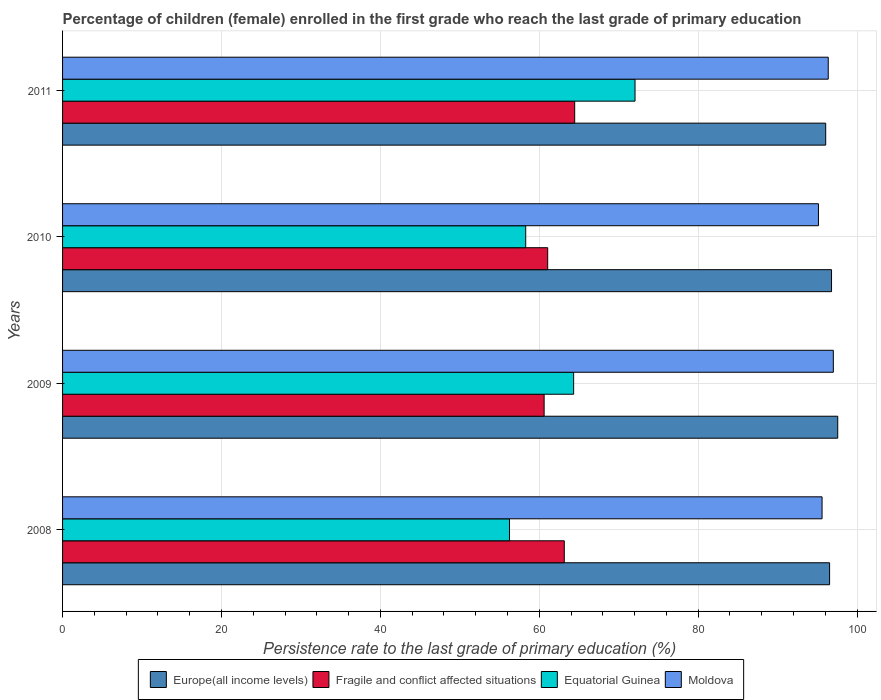
| Years | Europe(all income levels) | Fragile and conflict affected situations | Equatorial Guinea | Moldova |
 | --- | --- | --- | --- | --- |
 | 2008 | 96.5 | 63.2 | 56.3 | 95.6 |
 | 2009 | 97.6 | 60.6 | 64.3 | 97 |
 | 2010 | 96.8 | 61.1 | 58.3 | 95.1 |
 | 2011 | 96.1 | 64.5 | 72.1 | 96.4 |